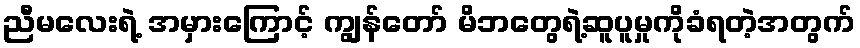
ညီမလေးရဲ့ အမှားကြောင့် ကျွန်တော် မိဘတွေရဲ့ဆူပူမှုကိုခံရတဲ့အတွက်